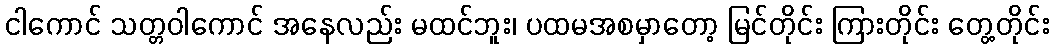
ငါကောင် သတ္တဝါကောင် အနေလည်း မထင်ဘူး၊ ပထမအစမှာတော့ မြင်တိုင်း ကြားတိုင်း တွေ့တိုင်း